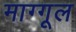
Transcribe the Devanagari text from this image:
माग्गूल